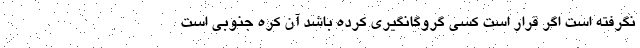
نگرفته است اگر قرار است کسی گروگانگیری کرده باشد آن کره جنوبی است